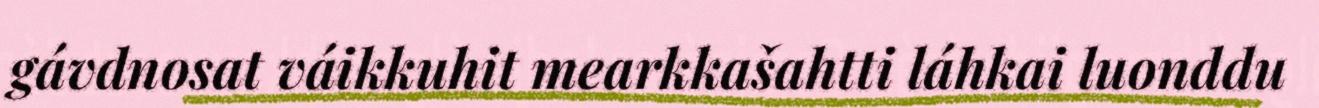
gávdnosat váikkuhit mearkkašahtti láhkai luonddu